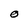
Character: O